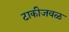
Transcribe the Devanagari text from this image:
टाकीजवळ